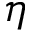
\eta